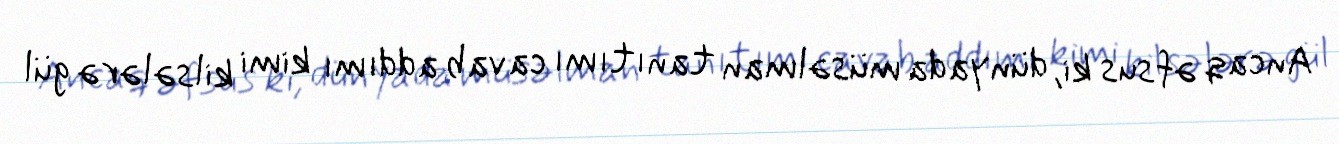
Ancaq əfsus ki, dünyada müsəlman tanıtımı cavab addımı kimi kilsələrə gül